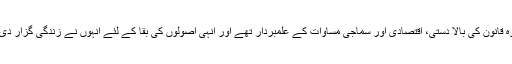
وہ قانون کی بالا دستی، اقتصادی اور سماجی مساوات کے علمبردار تھے اور انہی اصولوں کی بقا کے لئے انہوں نے زندگی گزار دی۔